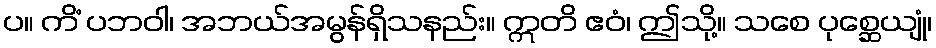
ပ။ ကိံ ပဘဝါ၊ အဘယ်အမွန်ရှိသနည်း။ ဣတိ ဧဝံ၊ ဤသို့။ သစေ ပုစ္ဆေယျုံ၊